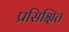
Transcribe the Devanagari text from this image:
प्रसिक्षित